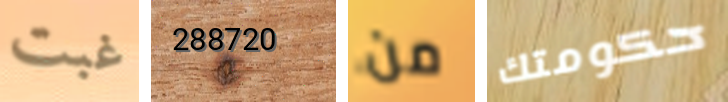
غبت 288720 من حكومتك